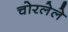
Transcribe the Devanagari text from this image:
चोरलेले